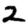
Digit: 2